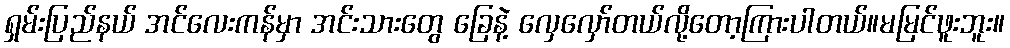
ရှမ်းပြည်နယ် အင်လေးကန်မှာ အင်းသားတွေ ခြေနဲ့ လှေလှော်တယ်လို့တော့ကြားပါတယ်။မမြင်ဖူးဘူး။